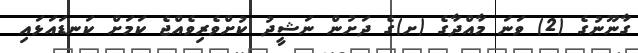
ގާނޫނުގެ (2) ވަނަ މާއްދާގެ (ށ)ގެ ދަށުން ނަޝީދު ކުށްވެރިވެއްޖެ ކަމަށް ކަނޑައަޅައި